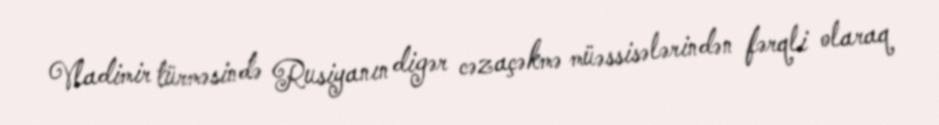
Vladimir türməsində Rusiyanın digər cəzaçəkmə müəssisələrindən fərqli olaraq